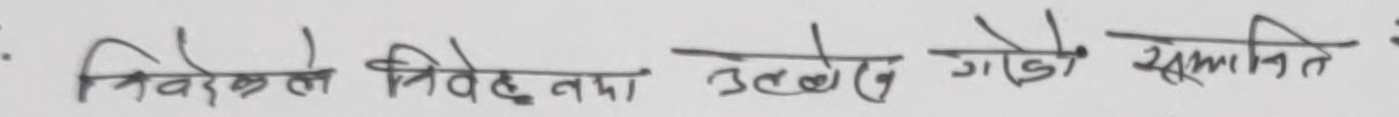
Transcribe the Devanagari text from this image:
निर्धारित निवेदन तथा उल्लेख गरे सम्मति